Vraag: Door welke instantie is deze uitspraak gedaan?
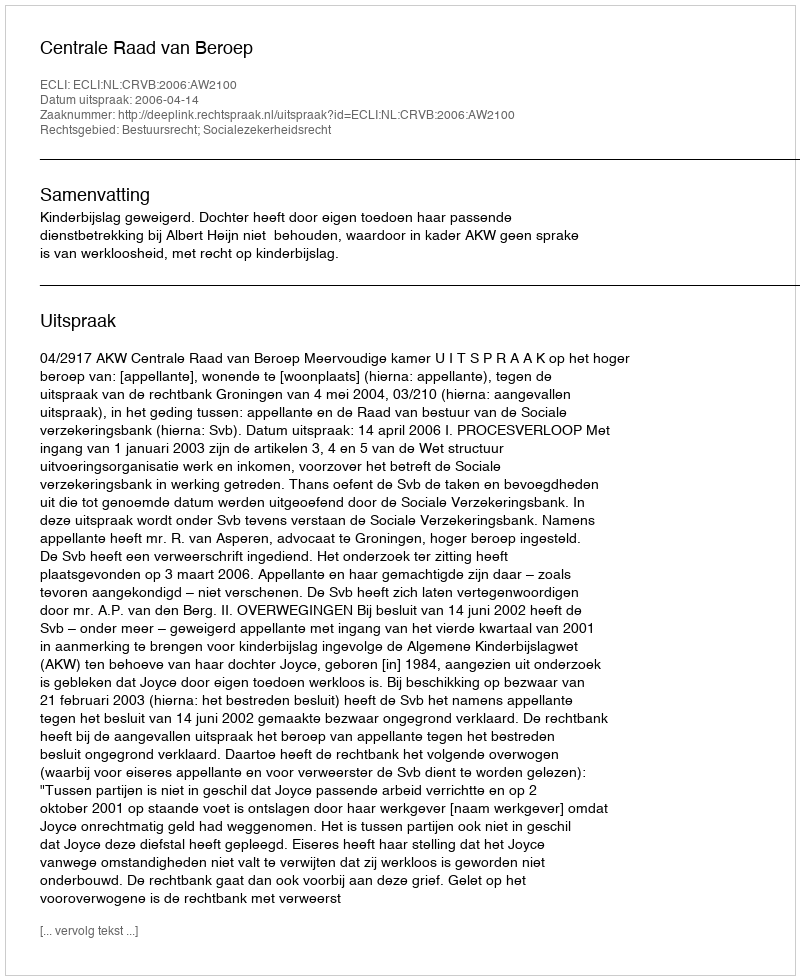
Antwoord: Centrale Raad van Beroep